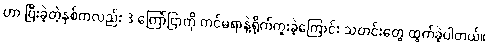
ဟာ ပြီးခဲ့တဲ့နှစ်ကလည်း 3 ကြော်ငြာကို ကင်မရာနဲ့ရိုက်ကူးခဲ့ကြောင်း သတင်းတွေ ထွက်ခဲ့ပါတယ်။